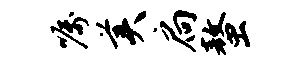
嘱美扃螯